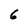
Character: 6